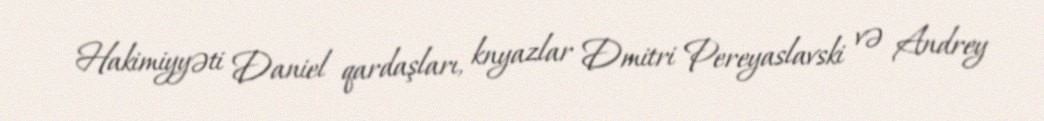
Hakimiyyəti Daniel qardaşları, knyazlar Dmitri Pereyaslavski və Andrey